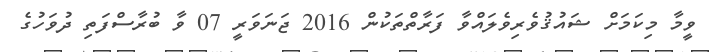
ވީމާ މިކަމަށް ޝައުޤުވެރިވެލައްވާ ފަރާތްތަކުން 2016 ޖަނަވަރީ 07 ވާ ބުރާސްފަތި ދުވަހުގެ